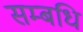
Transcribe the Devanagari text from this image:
सम्बधि